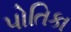
પોતિકા